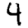
Digit: 4